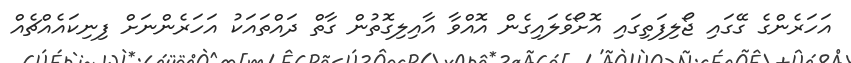
އަހަރެންގެ ގޭގައި ޖޯލިފަތިގައި އޮށޯވެލައިގެން އޮއްވާ އާއިލިގޮތުން ގާތް ދައްތައަކު އަހަރެންނަށް ފިނިކައެއްޗެއް